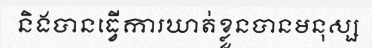
និងបានធ្វើការឃាត់ខ្លួនបានមនុស្ស